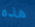
هده